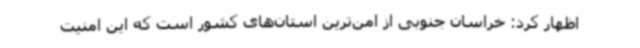
اظهار کرد: خراسان جنوبی از امن‌ترین استان‌های کشور است که این امنیت